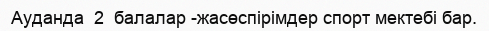
Ауданда  2  балалар -жасөспірімдер спорт мектебі бар.